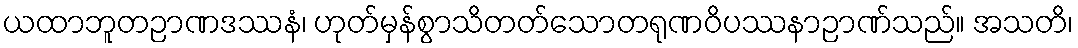
ယထာဘူတဉာဏဒဿနံ၊ ဟုတ်မှန်စွာသိတတ်သောတရုဏဝိပဿနာဉာဏ်သည်။ အသတိ၊